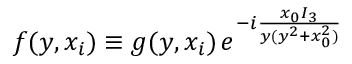
f ( y , x _ { i } ) \equiv g ( y , x _ { i } ) \, e ^ { - i \frac { x _ { 0 } I _ { 3 } } { y ( y ^ { 2 } + x _ { 0 } ^ { 2 } ) } }